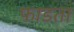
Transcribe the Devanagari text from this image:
फाडता